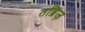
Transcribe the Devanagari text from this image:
तब्रिज़